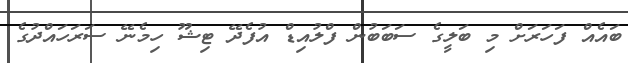
ބައެއް ފަހަރަށް މި ބަލީގެ ސަބަބުން ފްލުއިޑް އުފެދޭ ޓިޝޫ ހިމެނޭ ސަރަހައްދުގެ